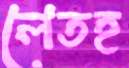
লেতহ